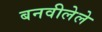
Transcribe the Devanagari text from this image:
बनवीलेले